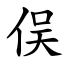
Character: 俣